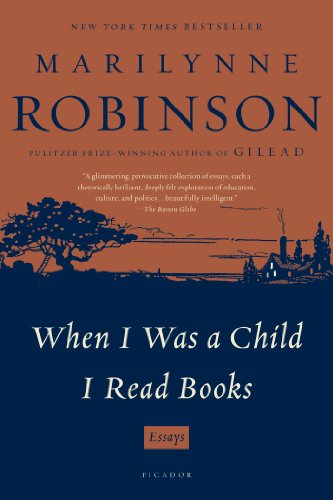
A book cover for When I Was a Child I Read Books: Essays; Marilynne Robinson; Literature & Fiction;